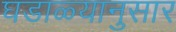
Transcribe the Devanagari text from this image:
घडाळ्यानुसार